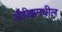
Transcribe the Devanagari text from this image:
अँडीझमधील